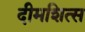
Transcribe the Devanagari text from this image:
दीमशित्स